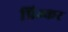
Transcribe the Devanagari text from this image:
प्रिज्कर